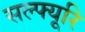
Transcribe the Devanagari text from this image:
सल्फ्यूरि